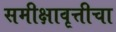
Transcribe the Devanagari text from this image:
समीक्षावृत्तीचा